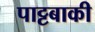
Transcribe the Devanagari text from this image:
पाट्टबाकी